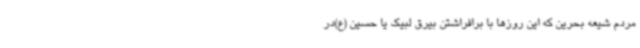
مردم شیعه بحرین که این روزها با برافراشتن بیرق لبیک یا حسین (ع)در